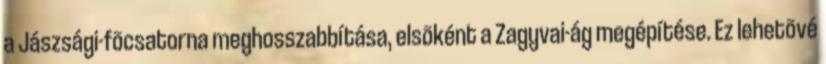
a Jászsági-fõcsatorna meghosszabbítása, elsõként a Zagyvai-ág megépítése. Ez lehetõvé